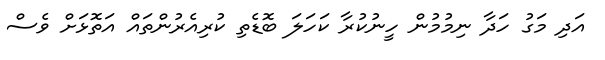
އަދި މަގު ހަދާ ނިމުމުން ހީނުކުރާ ކަހަލަ ބޮޑެތި ކުރިއެރުންތައް އަތޮޅަށް ވެސް